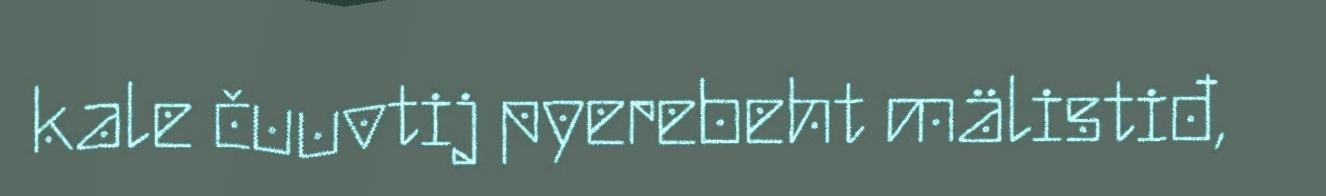
kale čuuvtij pyerebeht mälistiđ,